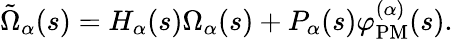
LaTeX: \begin{array}{r}{\tilde{\Omega}_{\alpha}(s)=H_{\alpha}(s)\Omega_{\alpha}(s)+P_{\alpha}(s)\varphi_{\mathrm{PM}}^{(\alpha)}(s).}\end{array}